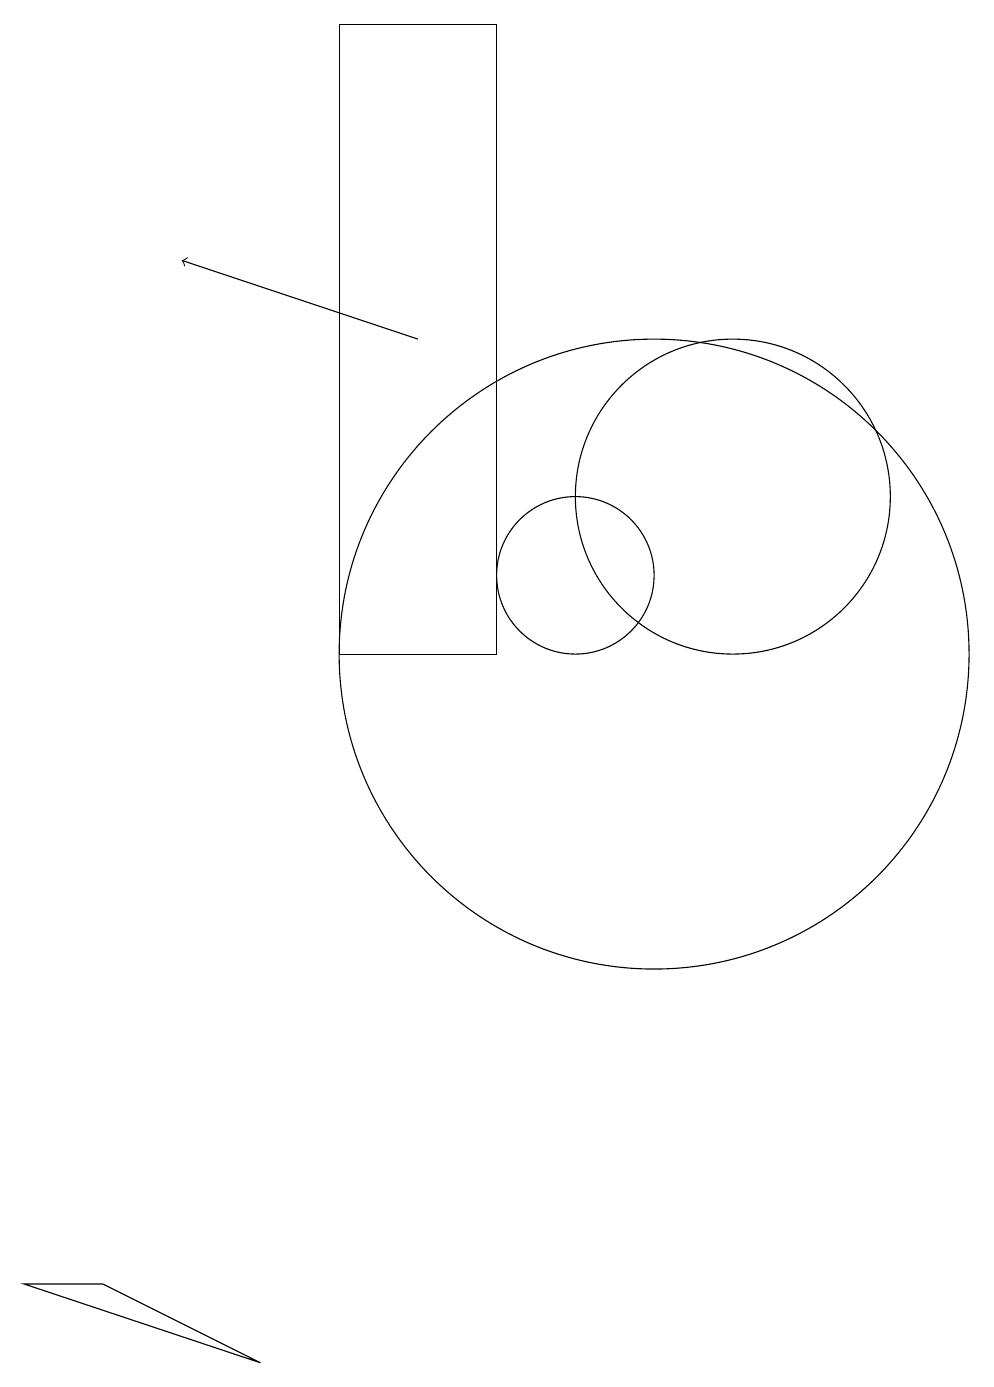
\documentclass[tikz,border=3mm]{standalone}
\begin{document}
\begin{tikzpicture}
\draw (12,12) circle (0);
\draw (12,12) circle (2);
\draw (3,2) -- (4,2) -- (6,1) -- cycle;
\draw (10,11) circle (1);
\draw[->] (8,14) -- (5,15);
\draw (11,10) circle (4);
\draw (7,18) rectangle (9,10);
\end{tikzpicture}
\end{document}